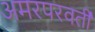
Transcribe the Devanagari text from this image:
अमरपरवर्ती